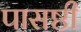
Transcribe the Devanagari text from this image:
पासष्ठी